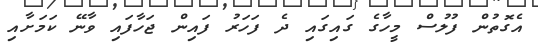
އެގޮތުން ފުލުސް މީހާގެ ގައިގައި ދެ ފަހަރު ފައިން ޖަހާފައި ވާނޭ ކަމަށާއި